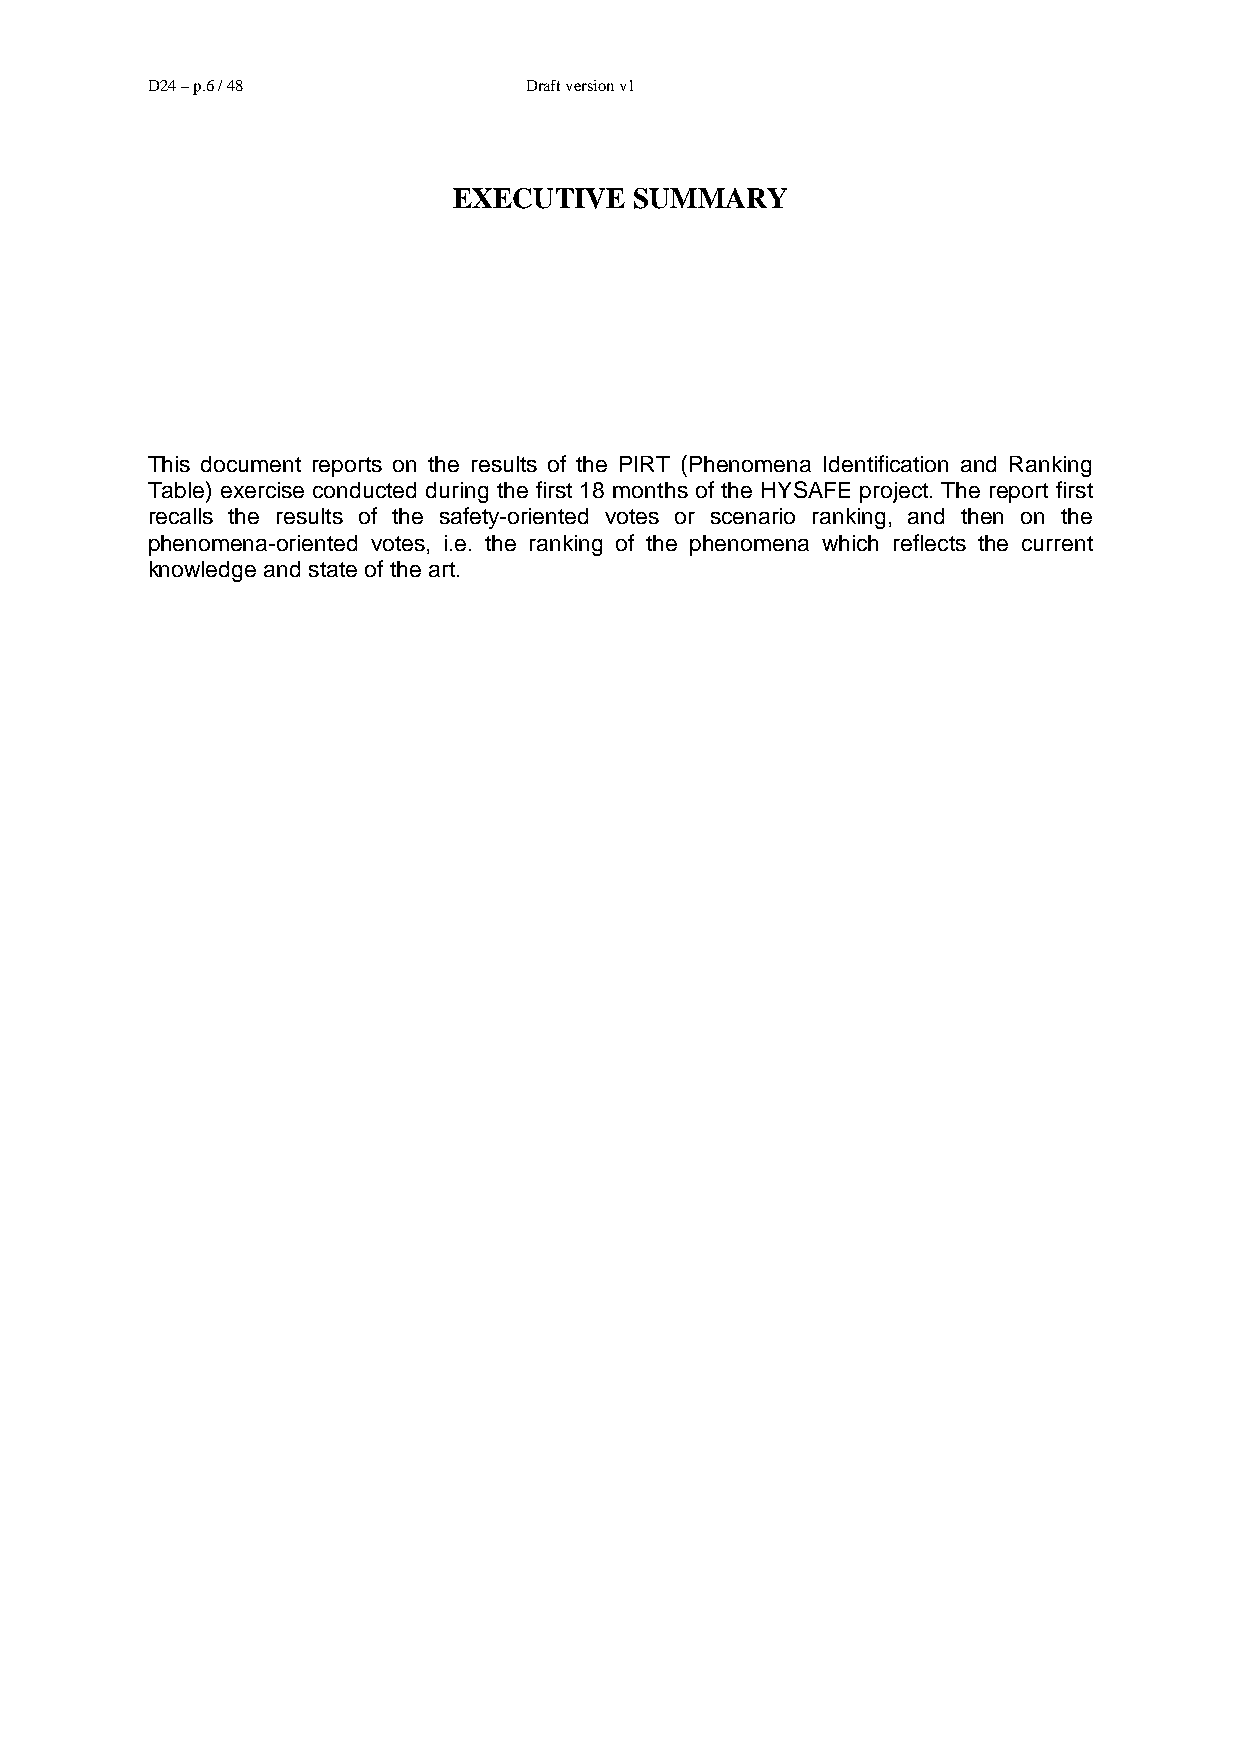
D24 – p.6 / 48           Draft version v1
 EXECUTIVE   SUMMARY
 This document reports on the results of the PIRT (Phenomena Identification and Ranking
 Table) exercise conducted during the first 18 months of the HYSAFE project. The report first
 recalls the results of the safety-oriented votes or scenario ranking, and then on the
 phenomena-oriented votes, i.e. the ranking of the phenomena which reflects the current
 knowledge and state of the art.